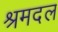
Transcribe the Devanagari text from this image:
श्रमदल